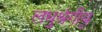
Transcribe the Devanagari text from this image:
लधुश्रृंगीय